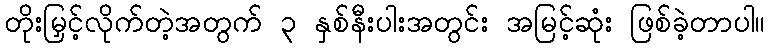
တိုးမြှင့်လိုက်တဲ့အတွက် ၃ နှစ်နီးပါးအတွင်း အမြင့်ဆုံး ဖြစ်ခဲ့တာပါ။